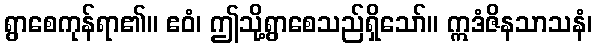
ရွာစေကုန်ရာ၏။ ဧဝံ၊ ဤသို့ရွာစေသည်ရှိသော်။ ဣဒံဇိနသာသနံ၊